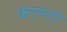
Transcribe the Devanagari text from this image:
केएमटी